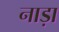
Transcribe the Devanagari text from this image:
नाड़ा